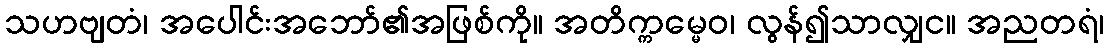
သဟဗျတံ၊ အပေါင်းအဘော်၏အဖြစ်ကို။ အတိက္ကမ္မေဝ၊ လွန်၍သာလျှင။ အညတရံ၊